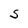
Character: S